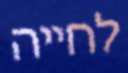
לחייה